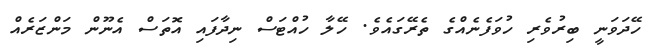
ހޭދަވަނީ ބިރުވެރި ހުވަފެނެއްގެ ތެރޭގައެވެ. ހޭލާ ހުއްޓަސް ނިދާފައި އޮތަސް އެނޫން މަންޒަރެއް